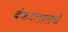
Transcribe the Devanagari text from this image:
बंकटलालचे